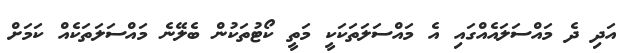
އަދި ދެ މައްސަލައެއްގައި އެ މައްސަލަތަކަކީ މަތީ ކޯޓުތަކުން ބެލޭނެ މައްސަލަތަކެއް ކަމަށް